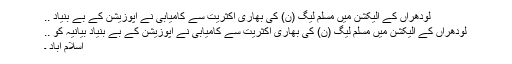
لودھراں کے الیکشن میں مسلم لیگ (ن) کی بھاری اکثریت سے کامیابی نے اپوزیشن کے بے بنیاد ..
لودھراں کے الیکشن میں مسلم لیگ (ن) کی بھاری اکثریت سے کامیابی نے اپوزیشن کے بے بنیاد بیانیہ کو ..
اسلام آباد ۔